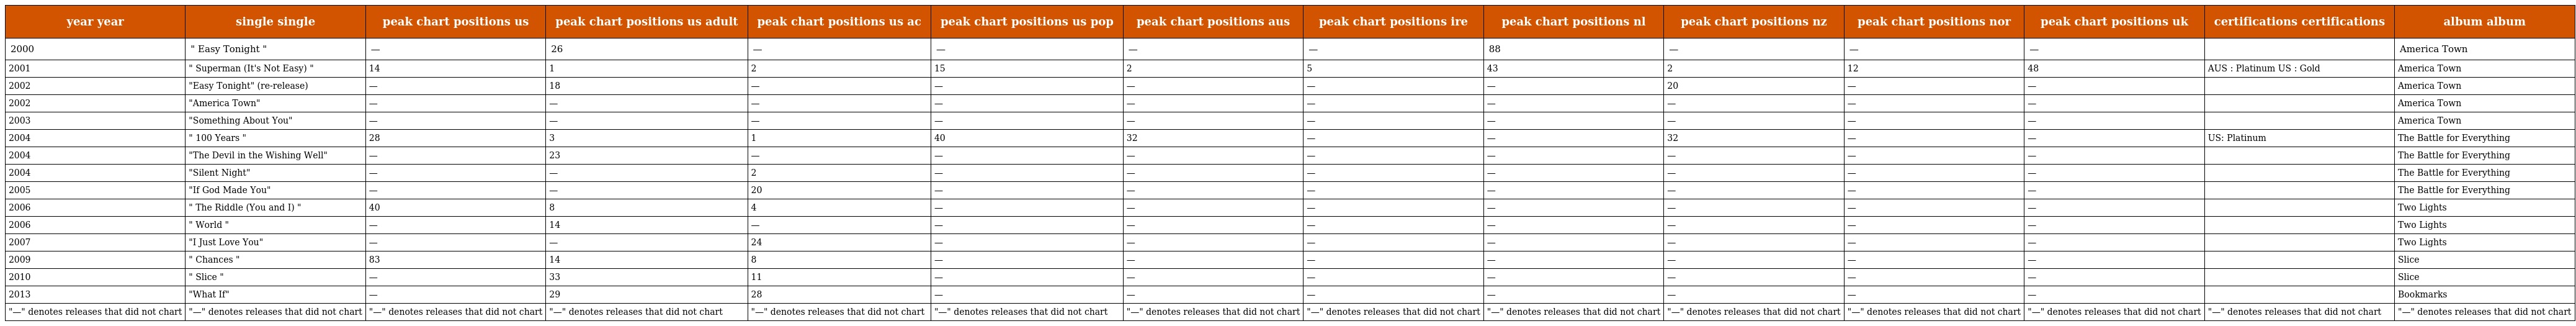
| year year | single single | peak chart positions us | peak chart positions us adult | peak chart positions us ac | peak chart positions us pop | peak chart positions aus | peak chart positions ire | peak chart positions nl | peak chart positions nz | peak chart positions nor | peak chart positions uk | certifications certifications | album album |
 | --- | --- | --- | --- | --- | --- | --- | --- | --- | --- | --- | --- | --- | --- |
 | 2000 | " Easy Tonight " | — | 26 | — | — | — | — | 88 | — | — | — |  | America Town |
 | 2001 | " Superman (It's Not Easy) " | 14 | 1 | 2 | 15 | 2 | 5 | 43 | 2 | 12 | 48 | AUS : Platinum US : Gold | America Town |
 | 2002 | "Easy Tonight" (re-release) | — | 18 | — | — | — | — | — | 20 | — | — |  | America Town |
 | 2002 | "America Town" | — | — | — | — | — | — | — | — | — | — |  | America Town |
 | 2003 | "Something About You" | — | — | — | — | — | — | — | — | — | — |  | America Town |
 | 2004 | " 100 Years " | 28 | 3 | 1 | 40 | 32 | — | — | 32 | — | — | US: Platinum | The Battle for Everything |
 | 2004 | "The Devil in the Wishing Well" | — | 23 | — | — | — | — | — | — | — | — |  | The Battle for Everything |
 | 2004 | "Silent Night" | — | — | 2 | — | — | — | — | — | — | — |  | The Battle for Everything |
 | 2005 | "If God Made You" | — | — | 20 | — | — | — | — | — | — | — |  | The Battle for Everything |
 | 2006 | " The Riddle (You and I) " | 40 | 8 | 4 | — | — | — | — | — | — | — |  | Two Lights |
 | 2006 | " World " | — | 14 | — | — | — | — | — | — | — | — |  | Two Lights |
 | 2007 | "I Just Love You" | — | — | 24 | — | — | — | — | — | — | — |  | Two Lights |
 | 2009 | " Chances " | 83 | 14 | 8 | — | — | — | — | — | — | — |  | Slice |
 | 2010 | " Slice " | — | 33 | 11 | — | — | — | — | — | — | — |  | Slice |
 | 2013 | "What If" | — | 29 | 28 | — | — | — | — | — | — | — |  | Bookmarks |
 | "—" denotes releases that did not chart | "—" denotes releases that did not chart | "—" denotes releases that did not chart | "—" denotes releases that did not chart | "—" denotes releases that did not chart | "—" denotes releases that did not chart | "—" denotes releases that did not chart | "—" denotes releases that did not chart | "—" denotes releases that did not chart | "—" denotes releases that did not chart | "—" denotes releases that did not chart | "—" denotes releases that did not chart | "—" denotes releases that did not chart | "—" denotes releases that did not chart |